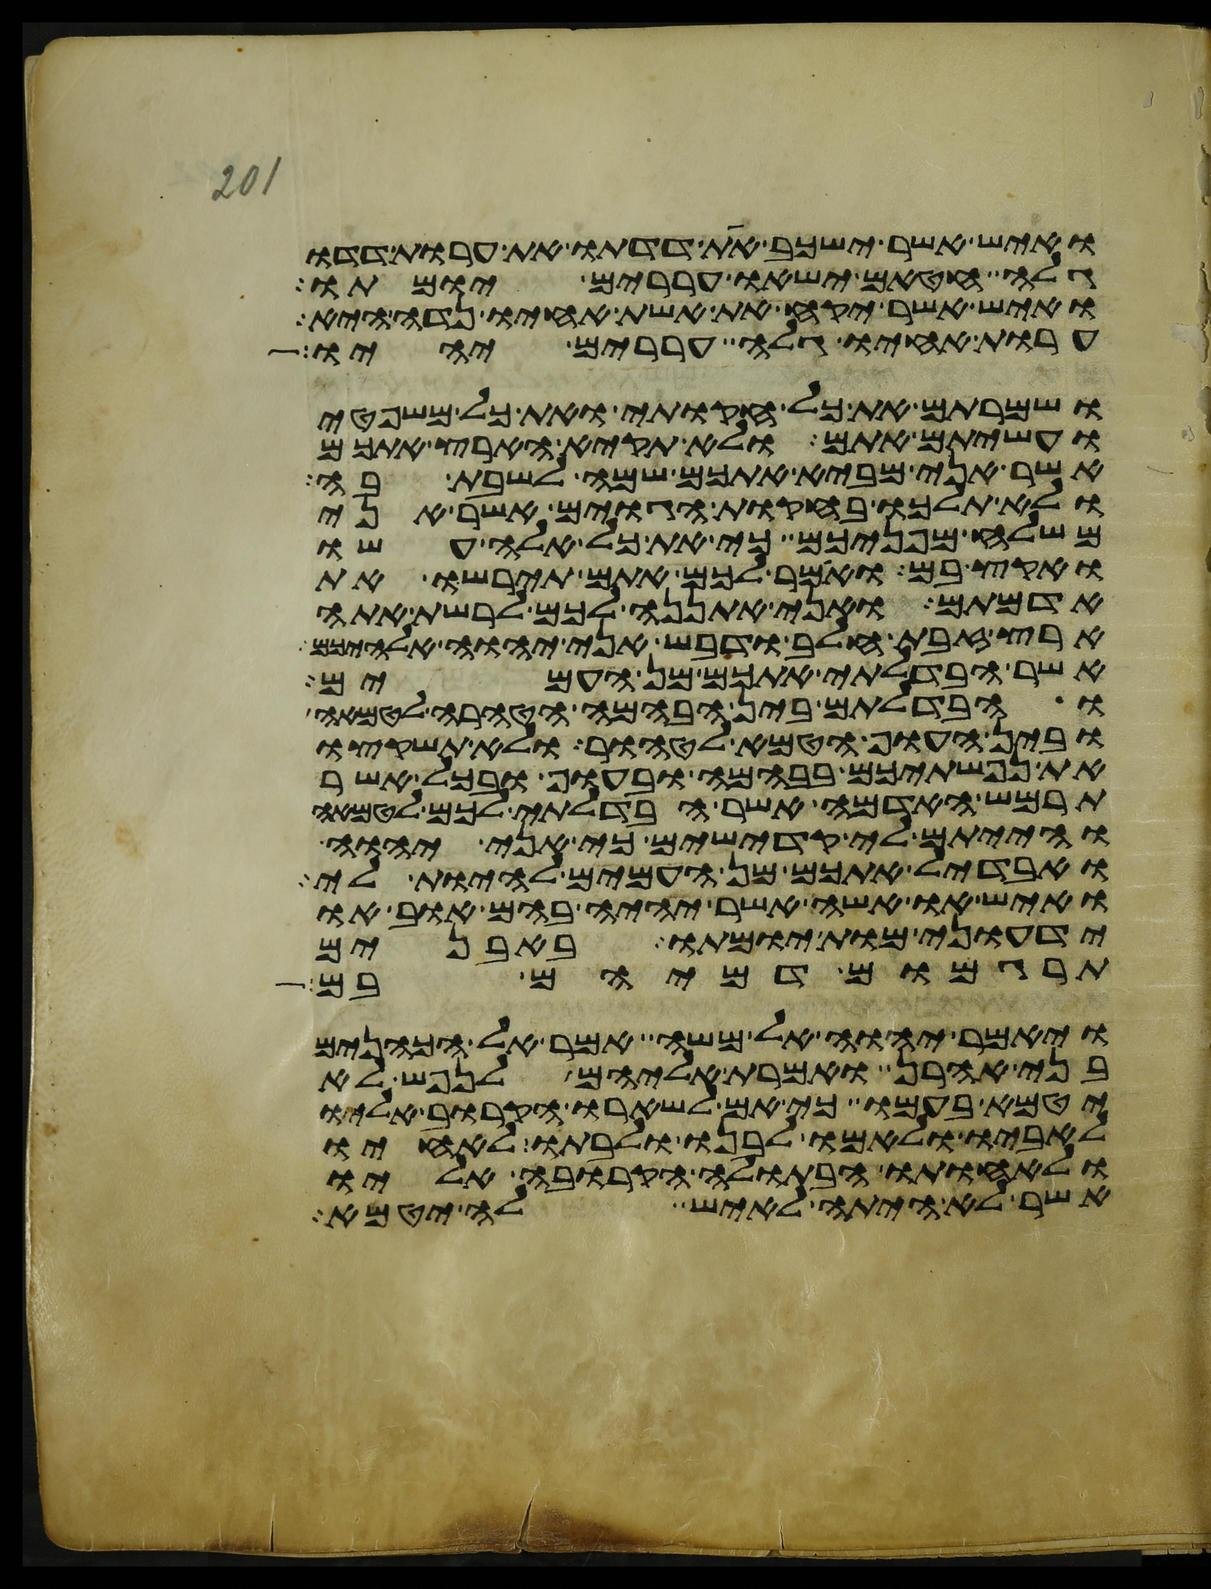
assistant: ואיש אשר ישכב את דדתו את ערות דדו
גלה חטאם ישאו עררים יומתו
ואיש אשר יקח את אשת אחיו נדה היא
ערות אחיו גלה עררים יהיו
ושמרתם את כל חקותי ואת כל משפטי
ועשיתם אתם ולא תקיא הארץ אתכם
אשר אני מביא אתכם שמה לשבת בה
ולא תלכו בחקות הגוים אשר אני
משלח מפניכם כי את כל אלה עשו
ואקץ בם ואמר לכם אתם תירשו את
אדמתם ואני אתננה לכם לרשת אתה
ארץ זבת חלב ודבש אני יהוה אלהיכם
אשר הבדלתי אתכם מן העמים
והבדלתם בין הבהמה הטהרה לטמאה
ובין העוף הטמא לטהור ולא תשקצו
את נפשתיכם בבהמה ובעוף ובכל אשר
תרמש האדמה אשר הבדלתי לכם לטמאה
והייתם לי קדישים כי אני יהוה
ואבדיל אתכם מן העמים להיות לי
ואיש או אשה אשר יהיה בהם אוב או
ידעוני מות יומתו באבנים
תרגמום דמיהם בם
ויאמר יהוה אל משה אמר אל הכהנים
בני אהרן ואמרת אליהם לנפש לא
יטמא בעמו כי אם לשארו הקרוב אליו
לאביו ולאמו לבנו ולבתו לאחיו
ולאחותו הבתולה הקרובה אליו
אשר לא היתה לאיש לה יטמא